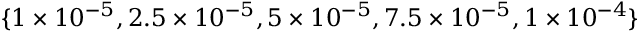
\{ 1 \times 1 0 ^ { - 5 } , 2 . 5 \times 1 0 ^ { - 5 } , 5 \times 1 0 ^ { - 5 } , 7 . 5 \times 1 0 ^ { - 5 } , 1 \times 1 0 ^ { - 4 } \}